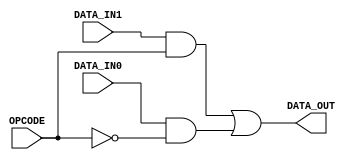
module MYMUX2 (OPCODE, DATA_IN0, DATA_IN1, DATA_OUT);
	input OPCODE;
	input DATA_IN0;
	input DATA_IN1;
	output DATA_OUT;
	
	wire NET0, NET1;
	
	and inst0(NET0,	DATA_IN1, OPCODE);
	and inst1(NET1, DATA_IN0, ~OPCODE);
	or  inst2(DATA_OUT, NET0, NET1);
	
endmodule